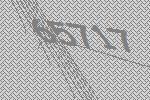
65717